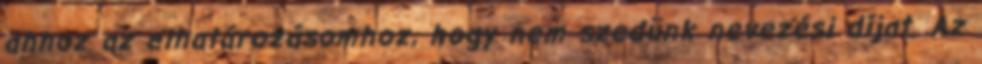
ahhoz az elhatározásomhoz, hogy nem szedünk nevezési díjat. Az